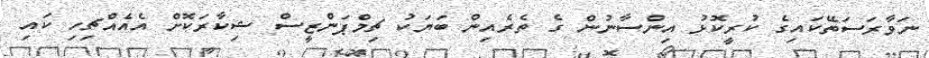
ނަވާރަސަތޭކައިގެ ކުރީކޮޅު އިންސާނުން ގެ ތެރެއިން ބަޔަކު ޗިމްޕަންޒީސް ޝިކާރަކޮށް އެއެއްޗިހި ކައި